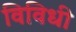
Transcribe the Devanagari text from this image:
विविधी